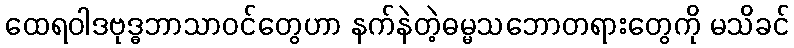
ထေရဝါဒဗုဒ္ဓဘာသာဝင်တွေဟာ နက်နဲတဲ့ဓမ္မသဘောတရားတွေကို မသိခင်